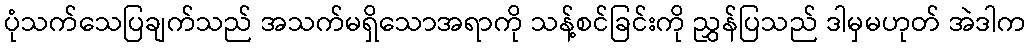
ပုံသက်သေပြချက်သည် အသက်မရှိသောအရာကို သန့်စင်ခြင်းကို ညွှန်ပြသည် ဒါမှမဟုတ် အဲဒါက